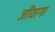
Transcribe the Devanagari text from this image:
जीवागा